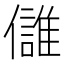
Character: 𩀕